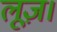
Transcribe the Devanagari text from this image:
लूज़।